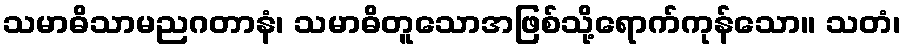
သမာဓိသာမညဂတာနံ၊ သမာဓိတူသောအဖြစ်သို့ရောက်ကုန်သော။ သတံ၊